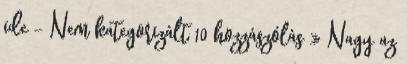
ide - Nem kategorizált 10 hozzászólás » Nagy az